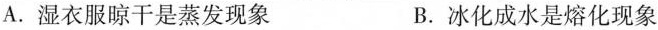
A.湿衣服晾干是蒸发现象 B.冰化成水是熔化现象